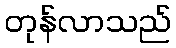
တုန်လာသည်